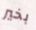
بخير